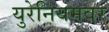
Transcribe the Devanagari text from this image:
युरेनियमवर